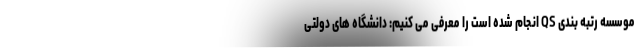
موسسه رتبه بندی QS انجام شده است را معرفی می کنیم: دانشگاه های دولتی